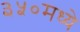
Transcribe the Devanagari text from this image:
३५०मध्ये